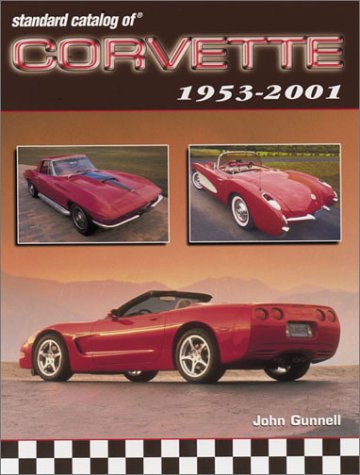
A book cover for Standard Catalog of Corvette 1953-2001; John Gunnell; Crafts, Hobbies & Home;